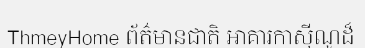
ThmeyHome ព័ត៌មានជាតិ អាគារកាស៊ីណូដ៏